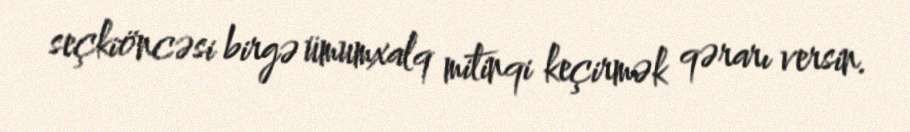
seçkiöncəsi birgə ümumxalq mitinqi keçirmək qərarı versin.